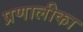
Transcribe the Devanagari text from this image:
प्रणालीका